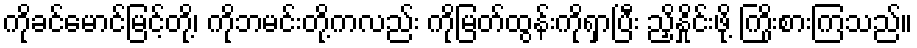
ကိုခင်မောင်မြင့်တို့၊ ကိုဘမင်းတို့ကလည်း ကိုမြတ်ထွန်းကိုရှာပြီး ညှိနှိုင်းဖို့ ကြိုးစားကြသည်။